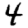
Digit: 4